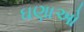
ઘણાઓ